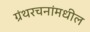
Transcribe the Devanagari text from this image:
ग्रंथरचनांमधील